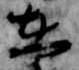
在